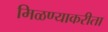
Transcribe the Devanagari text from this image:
मिळण्याकरीता